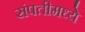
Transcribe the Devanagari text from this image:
संपतीमध्ये